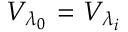
{ { V } _ { { { \lambda } _ { 0 } } } } \mathrm { ~ = ~ } { { V } _ { { { \lambda } _ { i } } } }